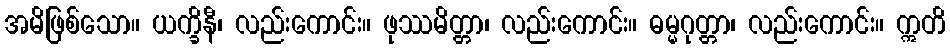
အမိဖြစ်သော။ ယက္ခိနီ၊ လည်းကောင်း။ ဖုဿမိတ္တာ၊ လည်းကောင်း။ ဓမ္မဂုတ္တာ၊ လည်းကောင်း။ ဣတိ